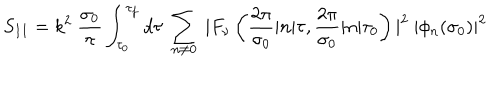
LaTeX: S _ { I I } = k ^ { 2 } ~ \frac { \sigma _ { 0 } } { \pi } \int _ { \tau _ { 0 } } ^ { \tau _ { f } } d \tau ~ \sum _ { n \neq 0 } ^ { } ~ | F _ { \nu } \left( \frac { 2 \pi } { \sigma _ { 0 } } | n | \tau , \frac { 2 \pi } { \sigma _ { 0 } } | n | \tau _ { 0 } \right) | ^ { 2 } ~ | \phi _ { n } ( \sigma _ { 0 } ) | ^ { 2 }